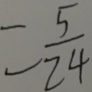
= \frac { 5 } { 2 4 }